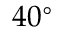
4 0 ^ { \circ }